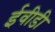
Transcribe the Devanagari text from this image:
ईवीडी